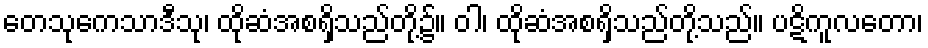
တေသုကေသာဒီသု၊ ထိုဆံအစရှိသည်တို့၌။ ဝါ၊ ထိုဆံအစရှိသည်တို့သည်။ ပဋိကူလတော၊